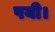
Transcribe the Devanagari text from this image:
पयी।